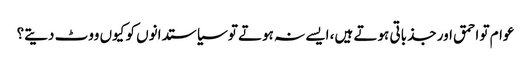
عوام تو احمق اور جذباتی ہوتے ہیں، ایسے نہ ہوتے تو سیاستدانوں کو کیوں ووٹ دیتے؟